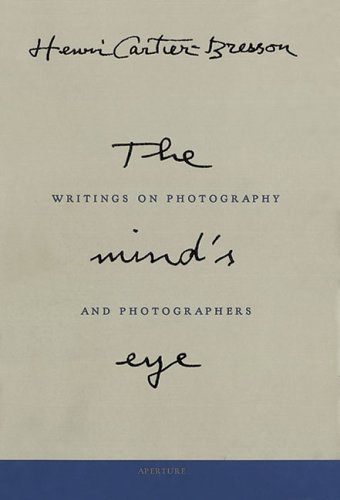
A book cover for Henri Cartier-Bresson: The Mind's Eye; Arts & Photography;